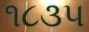
૧૮૩૫